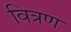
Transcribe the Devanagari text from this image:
वित्रण